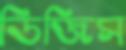
ডিজিস